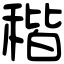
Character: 𥟠